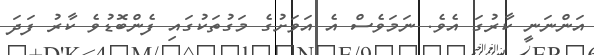
އަންނަނީ ކާރުގަ އެވެ. ނަމަވެސް އެ އަވަށުގެ މަގުތަކުގައި ފެންބޮޑުވެ ކާރު ފަދަ